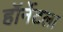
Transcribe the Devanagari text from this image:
हॉर्नेटला